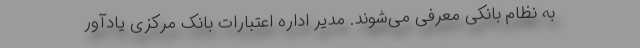
به نظام بانکی معرفی می‌شوند. مدیر اداره اعتبارات بانک مرکزی یادآور